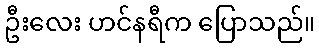
ဦးလေး ဟင်နရီက ပြောသည်။